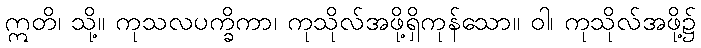
ဣတိ၊ သို့။ ကုသလပက္ခိကာ၊ ကုသိုလ်အဖို့ရှိကုန်သော။ ဝါ၊ ကုသိုလ်အဖို့၌